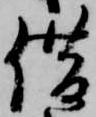
借